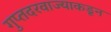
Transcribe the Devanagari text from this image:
गुप्तदरवाज्याकडून